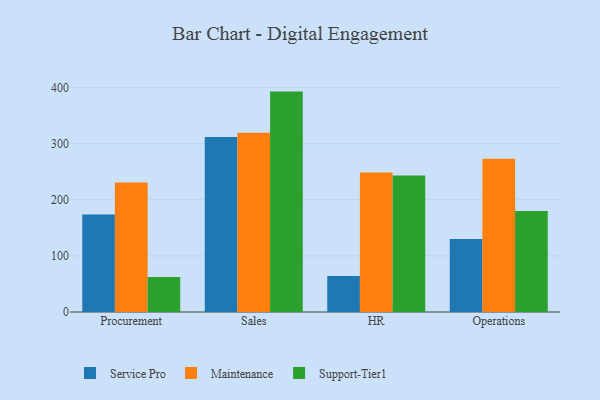
{"axis": {"x": "Department", "y": "Energy Usage (MWh)"}, "legend": ["Maintenance", "Service Pro", "Support-Tier1"], "data": [{"x": "Procurement", "y": 173.5, "type": "Service Pro"}, {"x": "Procurement", "y": 230.6, "type": "Maintenance"}, {"x": "Procurement", "y": 62.2, "type": "Support-Tier1"}, {"x": "Sales", "y": 311.5, "type": "Service Pro"}, {"x": "Sales", "y": 319.4, "type": "Maintenance"}, {"x": "Sales", "y": 392.5, "type": "Support-Tier1"}, {"x": "HR", "y": 64.2, "type": "Service Pro"}, {"x": "HR", "y": 248.4, "type": "Maintenance"}, {"x": "HR", "y": 243.2, "type": "Support-Tier1"}, {"x": "Operations", "y": 130.0, "type": "Service Pro"}, {"x": "Operations", "y": 273.1, "type": "Maintenance"}, {"x": "Operations", "y": 179.9, "type": "Support-Tier1"}]}